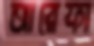
আরেফা